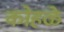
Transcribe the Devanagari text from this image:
कोहळे